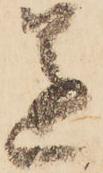
遂